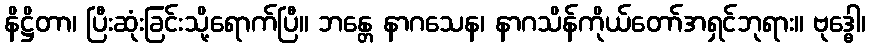
နိဋ္ဌိတာ၊ ပြီးဆုံးခြင်းသို့ရောက်ပြီ။ ဘန္တေ နာဂသေန၊ နာဂသိန်ကိုယ်တော်အရှင်ဘုရား။ ဗုဒ္ဓေါ၊